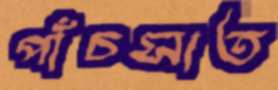
পাঁচসাত